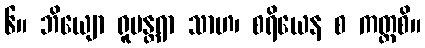
၆။ ဘိယျော ရူပန္တရာ သာဟ၊ စရိယေန စ ကတ္ထစိ။